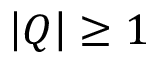
\left| Q \right| \geq 1